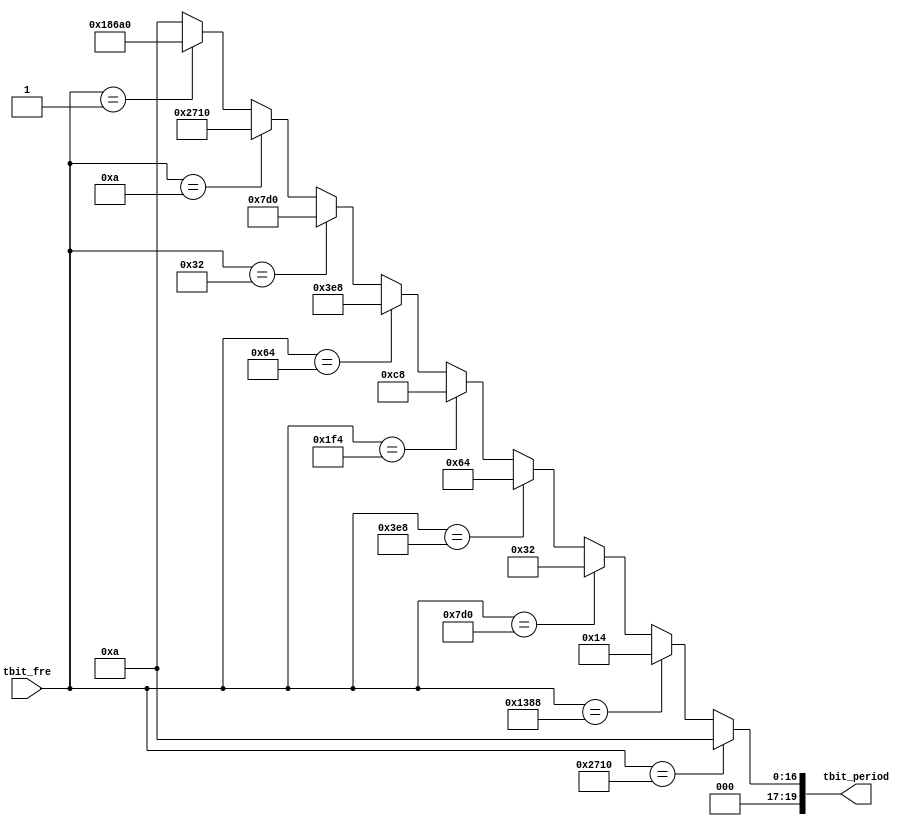
//base.v

module base(
tbit_period,
tbit_fre
);
output [19:0]	tbit_period;
input  [15:0]	tbit_fre;

//--------------------------------------------

//--------- tx_bit ---------
wire [19:0] tbit_period;
assign tbit_period =(tbit_fre == 16'd10000) ? 20'd10 :
										(tbit_fre == 16'd5000) ? 20'd20 :
										(tbit_fre == 16'd2000) ? 20'd50 :
										(tbit_fre == 16'd1000) ? 20'd100 :
										(tbit_fre == 16'd500) ? 20'd200 :
										(tbit_fre == 16'd100) ? 20'd1000 :
										(tbit_fre == 16'd50) ? 20'd2000 :
										(tbit_fre == 16'd10) ? 20'd10000 :
										(tbit_fre == 16'd1) ? 20'd100000 : 20'd10;

endmodule